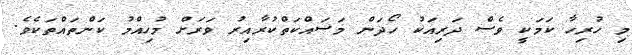
މި ހުރިހާ ކަމަކީ ވެސް ދަރިއަކު ހޯދަން މަސައްކަތްކުރާއިރު ވަރަށް މުހިއްމު ކަންތައްތަކެވެ.